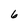
Character: 6